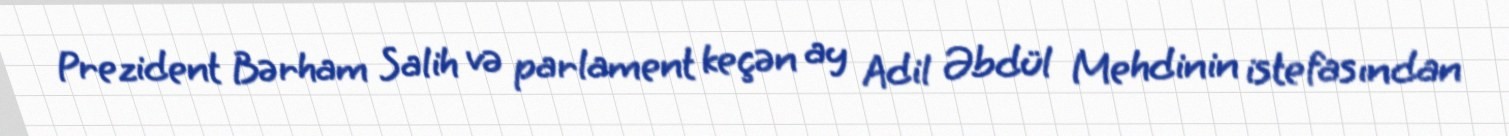
Prezident Bərham Salih və parlament keçən ay Adil Əbdül Mehdinin istefasından